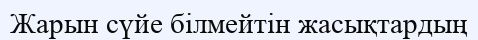
Жарын сүйе білмейтін жасықтардың